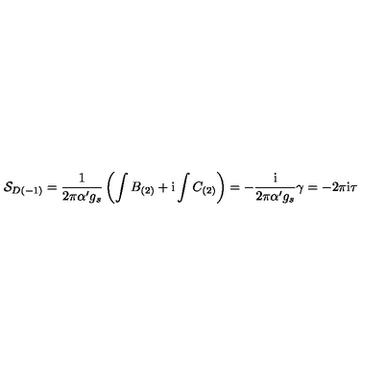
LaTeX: { \cal S } _ { D ( - 1 ) } = \frac { 1 } { 2 \pi \alpha ^ { \prime } g _ { s } } \left( \int B _ { ( 2 ) } + \mathrm { i } \int C _ { ( 2 ) } \right) = - \frac { \mathrm { i } } { 2 \pi \alpha ^ { \prime } g _ { s } } \gamma = - 2 \pi \mathrm { i } \tau